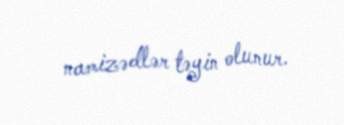
namizədlər təyin olunur.